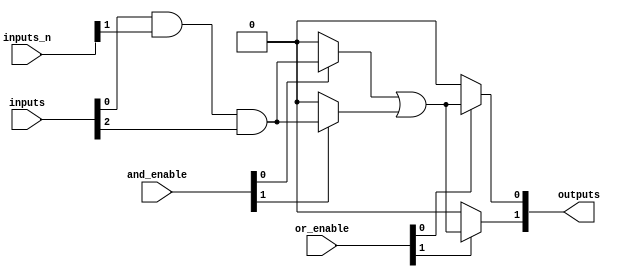
module programmable_logic_array #(
    parameter NUM_INPUTS = 4,     // Number of inputs
    parameter NUM_PRODUCT_TERMS = 4, // Number of product terms
    parameter NUM_OUTPUTS = 2      // Number of outputs
)(
    input wire [NUM_INPUTS-1:0] inputs, // Input signals
    input wire [NUM_INPUTS-1:0] inputs_n, // Inverted input signals
    input wire [NUM_PRODUCT_TERMS-1:0] and_enable, // Control signals for AND gates
    input wire [NUM_OUTPUTS-1:0] or_enable, // Control signals for OR gates
    output wire [NUM_OUTPUTS-1:0] outputs // Final outputs
);

// Define the product terms (AND plane)
wire [NUM_PRODUCT_TERMS-1:0] product_terms [0:NUM_PRODUCT_TERMS-1];

// AND Plane: Generate product terms
genvar i, j;
generate
    for (i = 0; i < NUM_PRODUCT_TERMS; i = i + 1) begin : and_plane
        assign product_terms[i] = (and_enable[i]) ? 
            (inputs[0] & inputs_n[1] & inputs[2]) : 1'b0; // Example: Customize as needed
        // Repeat for other combinations based on your design
    end
endgenerate

// OR Plane: Combine product terms to generate outputs
generate
    for (j = 0; j < NUM_OUTPUTS; j = j + 1) begin : or_plane
        assign outputs[j] = (or_enable[j]) ? 
            (product_terms[0] | product_terms[1]) : 1'b0; // Example: Customize as needed
        // Repeat for other combinations based on your design
    end
endgenerate

endmodule